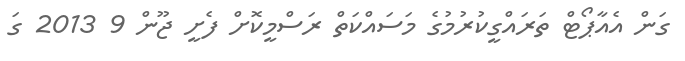
ގަން އެއާޕޯޓް ތަރައްގީކުރުމުގެ މަސައްކަތް ރަސްމީކޮށް ފެށީ ޖޫން 9 2013 ގަ